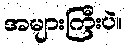
အများကြီးပဲ။